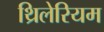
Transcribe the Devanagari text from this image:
थ्रिलेरियम